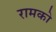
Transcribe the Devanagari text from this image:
रामको